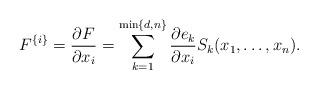
LaTeX: \begin{align*}F^{\{i\}}=\frac{\partial F}{\partial x_i} = \sum_{k=1}^{\min\{d,n\}} \frac{\partial e_{k}}{\partial x_{i}} S_{k}(x_{1},\dots,x_{n}).\end{align*}